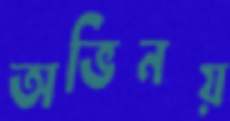
অভিনয়